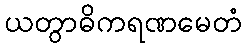
ယတွာဓိကရဏမေတံ